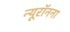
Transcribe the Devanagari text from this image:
न्यूरॉनना